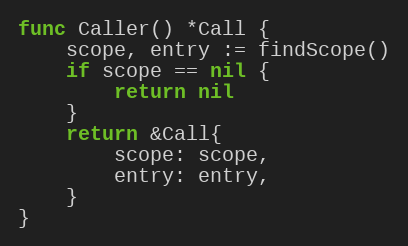
Language: Go
func Caller() *Call {
	scope, entry := findScope()
	if scope == nil {
		return nil
	}
	return &Call{
		scope: scope,
		entry: entry,
	}
}